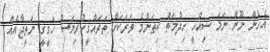
އެހެން ނޫން ނަމަ ސިއްހީ ހިދުމަތް ކިތަންމެ ވަރަކަށް ތަރައްގީކުރިޔަސް ހަގީގީ ނަތީޖާއެއް